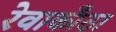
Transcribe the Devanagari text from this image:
रेवाकाँठा